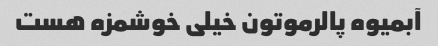
آبمیوه پالرموتون خیلی خوشمزه هست